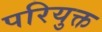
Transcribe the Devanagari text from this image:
परियुक्त